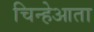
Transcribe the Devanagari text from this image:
चिन्हेआता